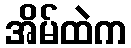
အိမ်ထဲက